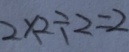
2 \times 2 \div 2 = 2